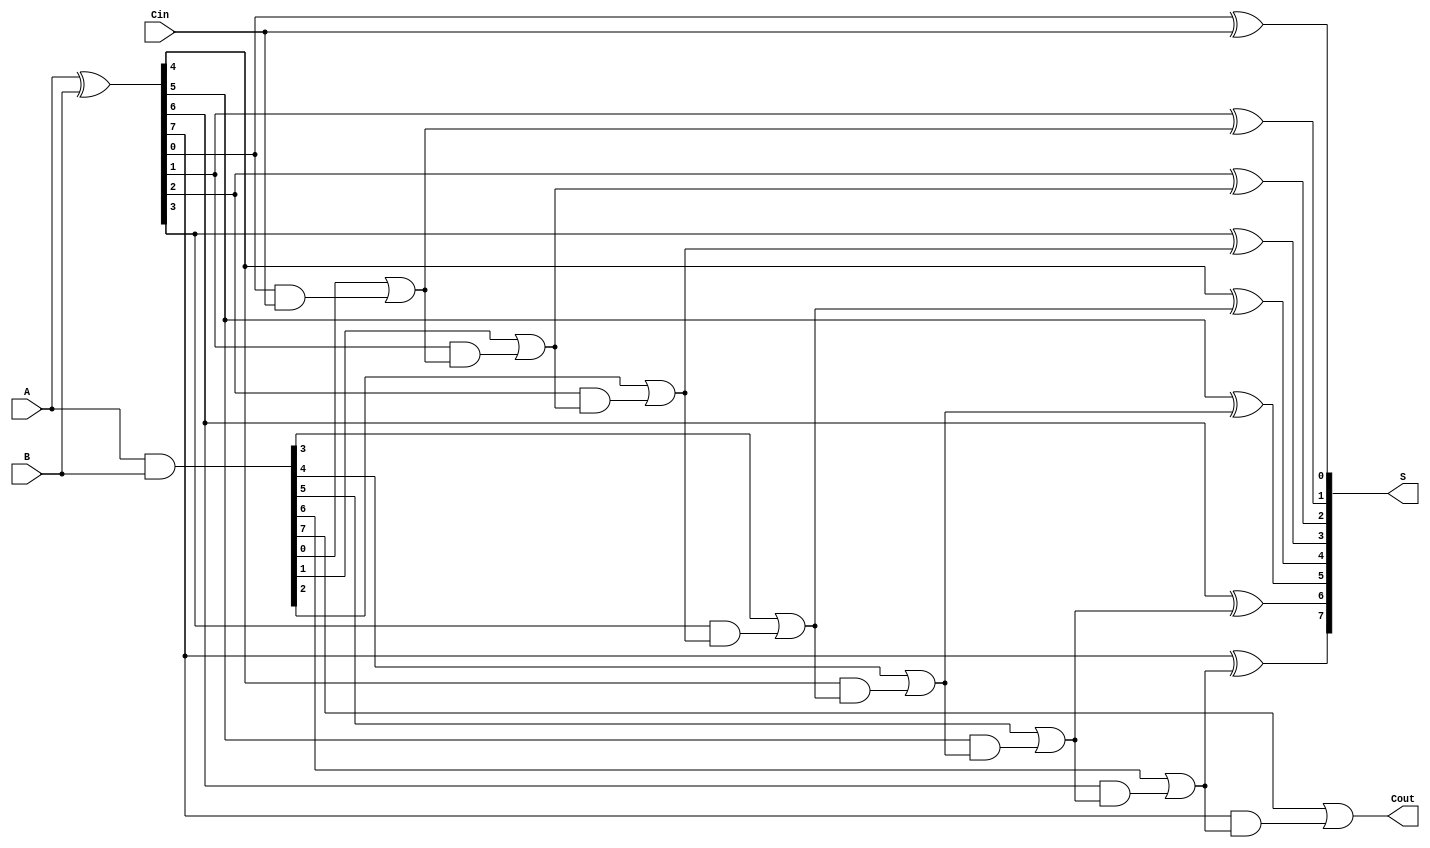
module VLCLA #(parameter WIDTH = 8) (
    input  wire [WIDTH-1:0] A,      // First operand
    input  wire [WIDTH-1:0] B,      // Second operand
    input  wire               Cin,    // Carry-in
    output wire [WIDTH-1:0] S,       // Sum output
    output wire               Cout      // Carry-out
);

    // Generate and Propagate signals
    wire [WIDTH-1:0] G; // Generate
    wire [WIDTH-1:0] P; // Propagate
    wire [WIDTH:0] C;    // Carry signals

    // Generate and Propagate calculations
    assign G = A & B;          // Generate
    assign P = A ^ B;          // Propagate
    assign C[0] = Cin;         // Initial carry-in

    // Carry calculation using hierarchical structure
    genvar i;
    generate
        for (i = 0; i < WIDTH; i = i + 1) begin : carry_calc
            assign C[i + 1] = G[i] | (P[i] & C[i]);
        end
    endgenerate

    // Sum calculation
    generate
        for (i = 0; i < WIDTH; i = i + 1) begin : sum_calc
            assign S[i] = P[i] ^ C[i]; // Sum
        end
    endgenerate

    // Carry-out signal
    assign Cout = C[WIDTH];

endmodule